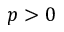
p > 0